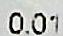
0.01